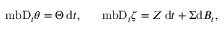
\mathrm { \ m b { D } } _ { t } \theta = \Theta \, \mathrm { d } t , \ \quad \mathrm { \ m b { D } } _ { t } \zeta = Z \, \mathrm { d } t + \Sigma \mathrm { d } B _ { t } ,